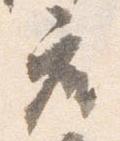
座